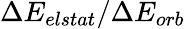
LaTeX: \Delta E_{elstat}/\Delta E_{orb}